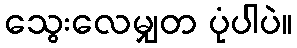
သွေးလေမျှတ ပုံပါပဲ။